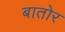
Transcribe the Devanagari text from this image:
बातोर